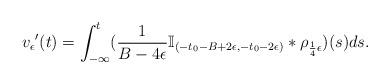
LaTeX: \begin{align*}v_\epsilon{'}(t)=\int_{-\infty}^{t}(\frac{1}{B-4\epsilon}\mathbb{I}_{(-t_0-B+2\epsilon,-t_0-2\epsilon)}*\rho_{\frac{1}{4}\epsilon})(s)ds.\end{align*}